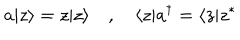
LaTeX: a | z \rangle = z | z \rangle \quad , \quad \langle z | a ^ { \dagger } = \langle z | z ^ { * }